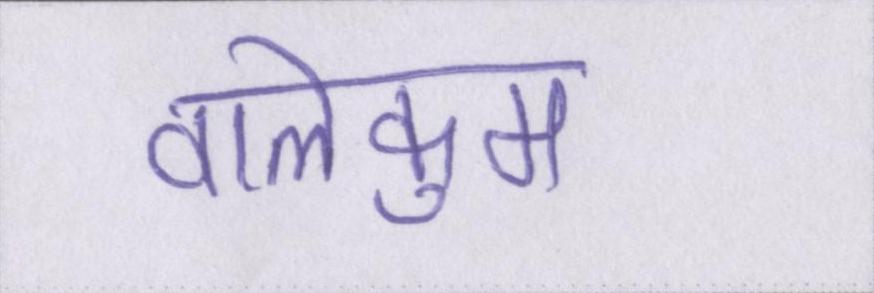
वालेकुम